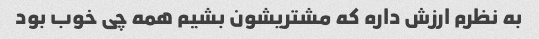
به نظرم ارزش داره که مشتریشون بشیم همه چی خوب بود